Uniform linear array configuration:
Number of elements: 32
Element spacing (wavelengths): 0.75
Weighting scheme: binomial
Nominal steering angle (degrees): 0
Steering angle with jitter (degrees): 0.8063
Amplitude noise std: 0.05
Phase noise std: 0.05

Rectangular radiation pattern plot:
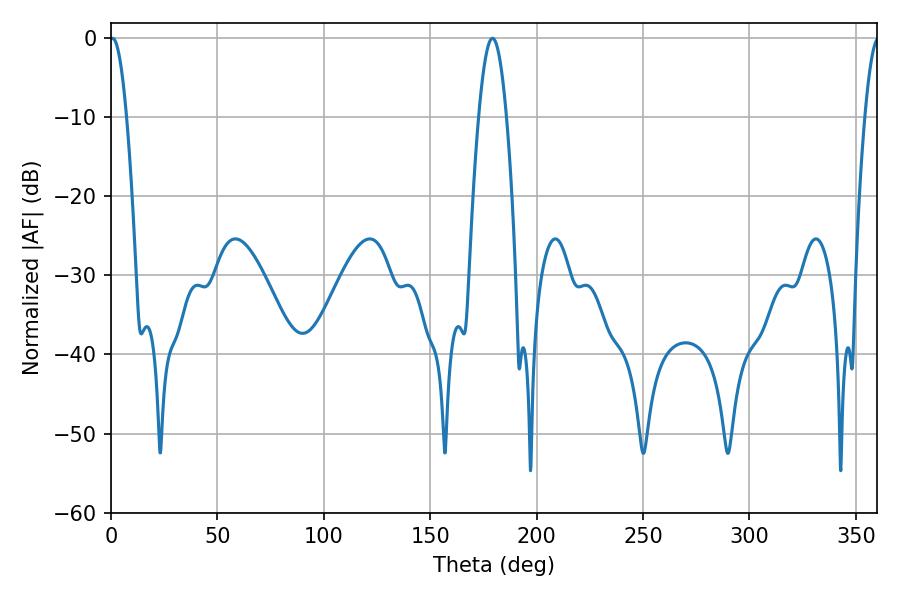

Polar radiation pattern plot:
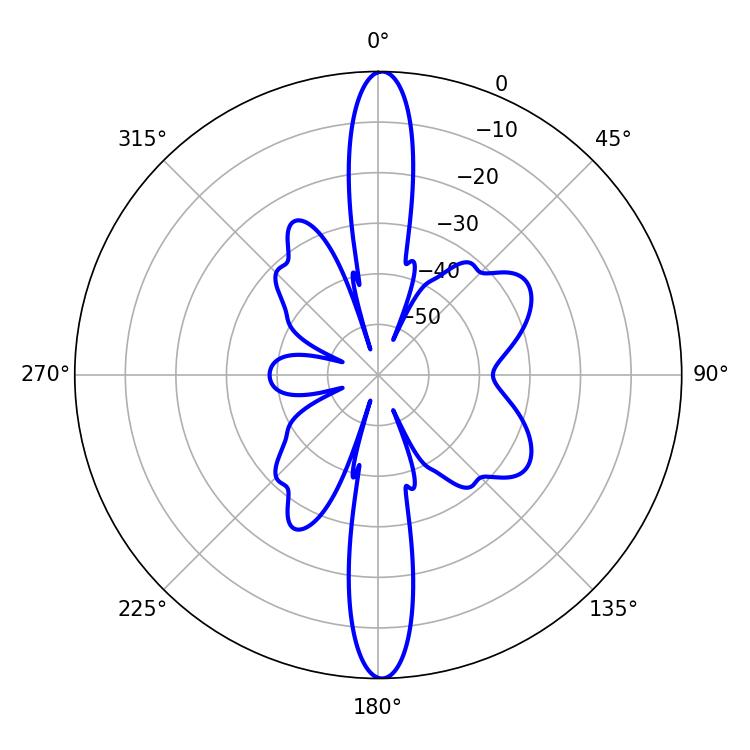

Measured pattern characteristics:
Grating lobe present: TRUE
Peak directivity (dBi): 26.335
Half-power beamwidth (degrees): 4.32
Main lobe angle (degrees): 0.72